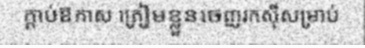
ក្តាប់ឱកាស ត្រៀមខ្លួនចេញរកស៊ីសម្រាប់